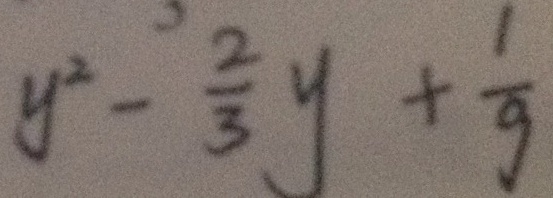
y ^ { 2 } - \frac { 2 } { 3 } y + \frac { 1 } { 9 }